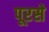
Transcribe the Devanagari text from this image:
पूरसे